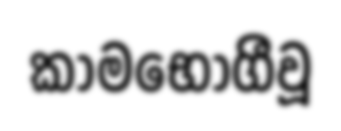
කාමභෝගීවූ